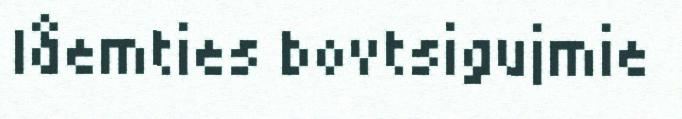
låemties bovtsigujmie